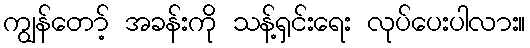
ကျွန်တော့် အခန်းကို သန့်ရှင်းရေး လုပ်ပေးပါလား။